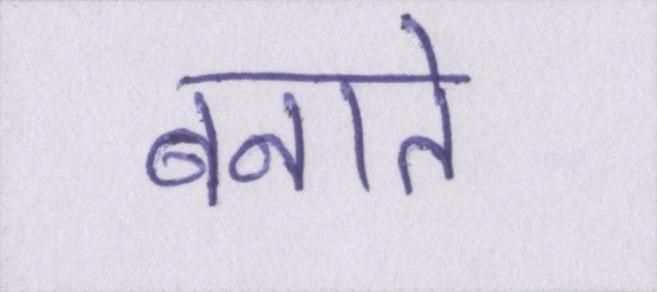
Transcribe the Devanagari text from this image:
बनाते